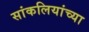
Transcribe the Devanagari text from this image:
सांकलियांच्या